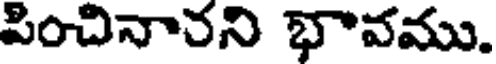
పించినారని భావము.